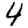
Digit: 4